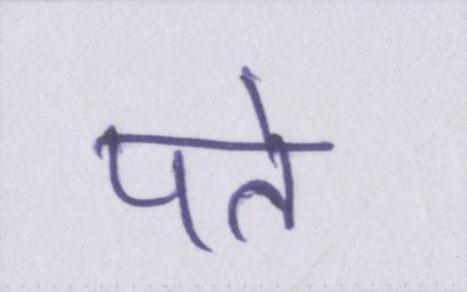
पते